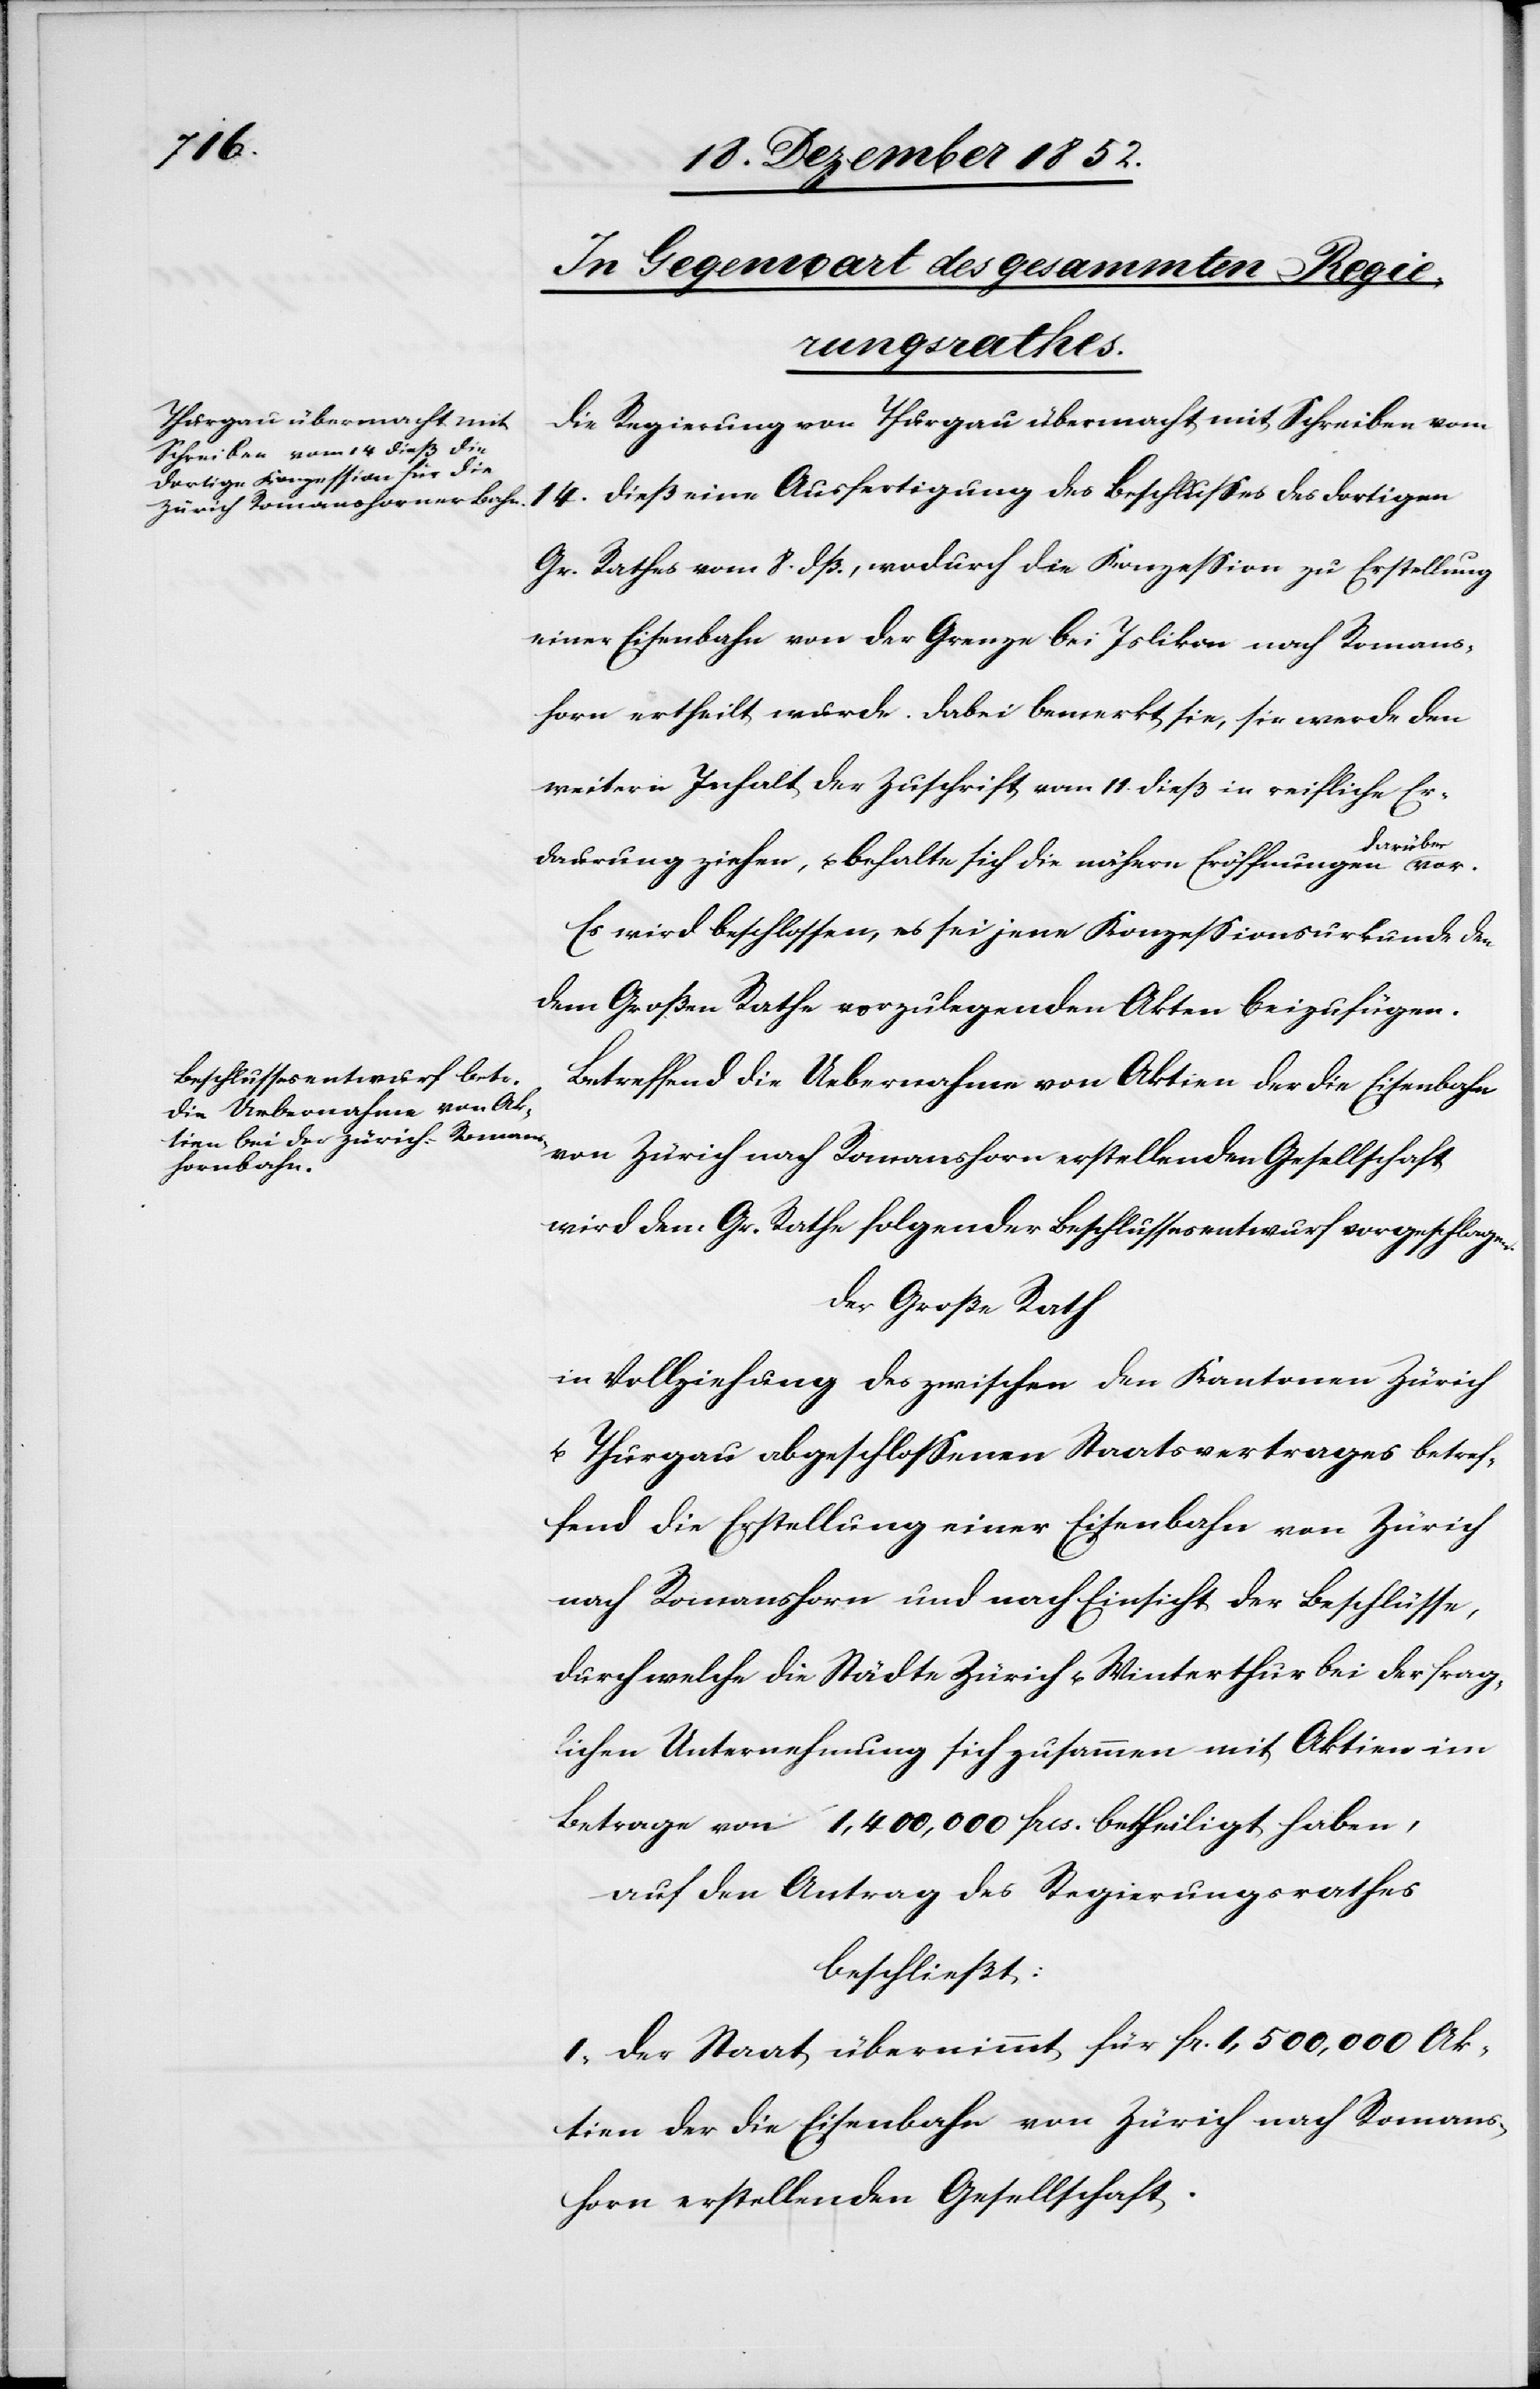
Die Regierung von Thurgau übermacht mit Schreiben vom
14. dieß eine Ausfertigung des Beschlusses des dortigen
Gr. Rathes vom 8. dß., wodurch die Konzession zu Erstellung
einer Eisenbahn von der Grenze bei Islikon nach Romans¬
horn ertheilt wurde. Dabei bemerkt sie, sie werde den
weitern Inhalt der Zuschrift vom 11. dieß in reifliche Er¬
darüber
daurung ziehen, u. behalte sich die nähern Eröffnungen
Es wird beschlossen, es sei jene Konzessionsurkunde den
dem Großen Rathe vorzulegenden Akten beizufügen.
Betreffend die Uebernahme von Aktien der die Eisenbahn
von Zürich nach Romanshorn erstellenden Gesellschaft
wird dem Gr. Rathe folgender Beschlussesentwurf vorgeschlagen.
Der Große Rath
in Vollziehung des zwischen den Kantonen Zürich
u. Thurgau abgeschlossenen Staatsvertrages betref¬
fend die Erstellung einer Eisenbahn von Zürich
nach Romanshorn und nach Einsicht der Beschlüsse,
durch welche die Städte Zürich u. Winterthur bei der frag¬
lichen Unternehmung sich zusammen mit Aktien im
Betrage von 1,400,000 frcs. betheiligt haben,
auf den Antrag des Regierungsrathes
beschließt:
I, Der Staat übernimmt für fr. 1,500,000 Ak¬
tien der die Eisenbahn von Zürich nach Romans¬
horn erstellenden Gesellschaft.